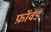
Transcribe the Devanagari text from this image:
फ़ॉर्वड